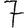
Digit: 7